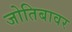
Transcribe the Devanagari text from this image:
जोतिबावर